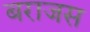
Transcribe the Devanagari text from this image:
बराजस